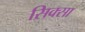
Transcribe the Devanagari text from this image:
सिक्सा